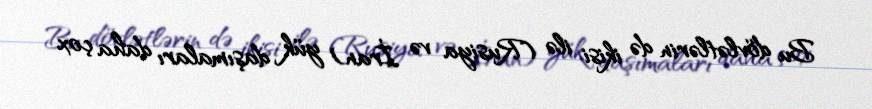
Bu dövlətlərin də ikisi ilə (Rusiya və İran) yük daşımaları daha çox